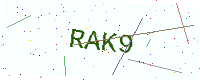
Text: RAK9